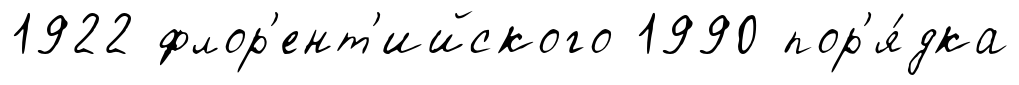
1922 флор'ент'ийского 1990 пор'я́дка